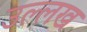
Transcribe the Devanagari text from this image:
उल्लख